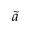
\tilde { a }